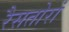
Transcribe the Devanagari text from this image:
रैसतोरां